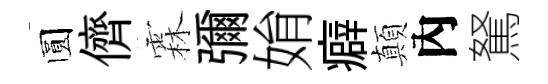
圆儕霖彌姢癖顛內駑